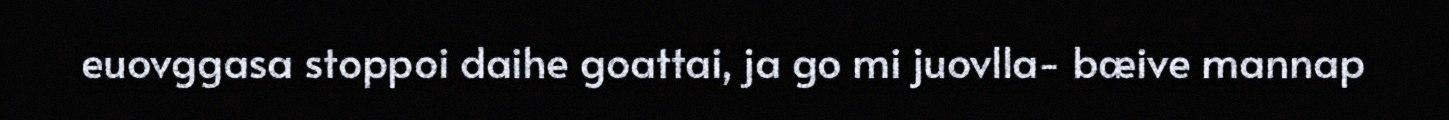
euovggasa stoppoi daihe goattai, ja go mi juovlla- bæive mannap